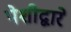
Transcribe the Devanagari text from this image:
पेशीद्वारे